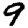
Digit: 9